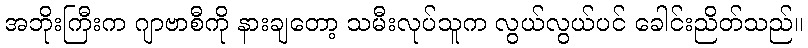
အဘိုးကြီးက ဂျာဗာစီကို နားချတော့ သမီးလုပ်သူက လွယ်လွယ်ပင် ခေါင်းညိတ်သည်။